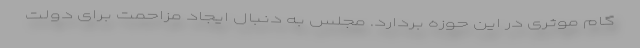
گام موثری در این حوزه بردارد. مجلس به دنبال ایجاد مزاحمت برای دولت